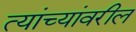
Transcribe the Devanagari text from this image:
त्यांच्यांवरील